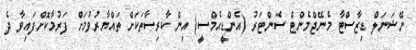
ނޭޝަނަލް ޑިޒާސްޓާ މެނޭޖްމެންޓް ސެންޓަރު (އެންޑީއެމްސީ) އިން ކާރިސާތަކަށް ތައްޔާރުވުމަށް ފަރުމާކޮށްފައިވާ ދެ